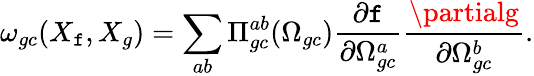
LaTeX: \omega_{gc}(X_{\mathtt{f}},X_{g})=\sum_{ab}\Pi_{gc}^{ab}(\Omega_{gc})\frac{{\partial\mathtt{f}}}{{\partial\Omega_{gc}^{a}}}\frac{{\partialg}}{{\partial\Omega_{gc}^{b}}}.